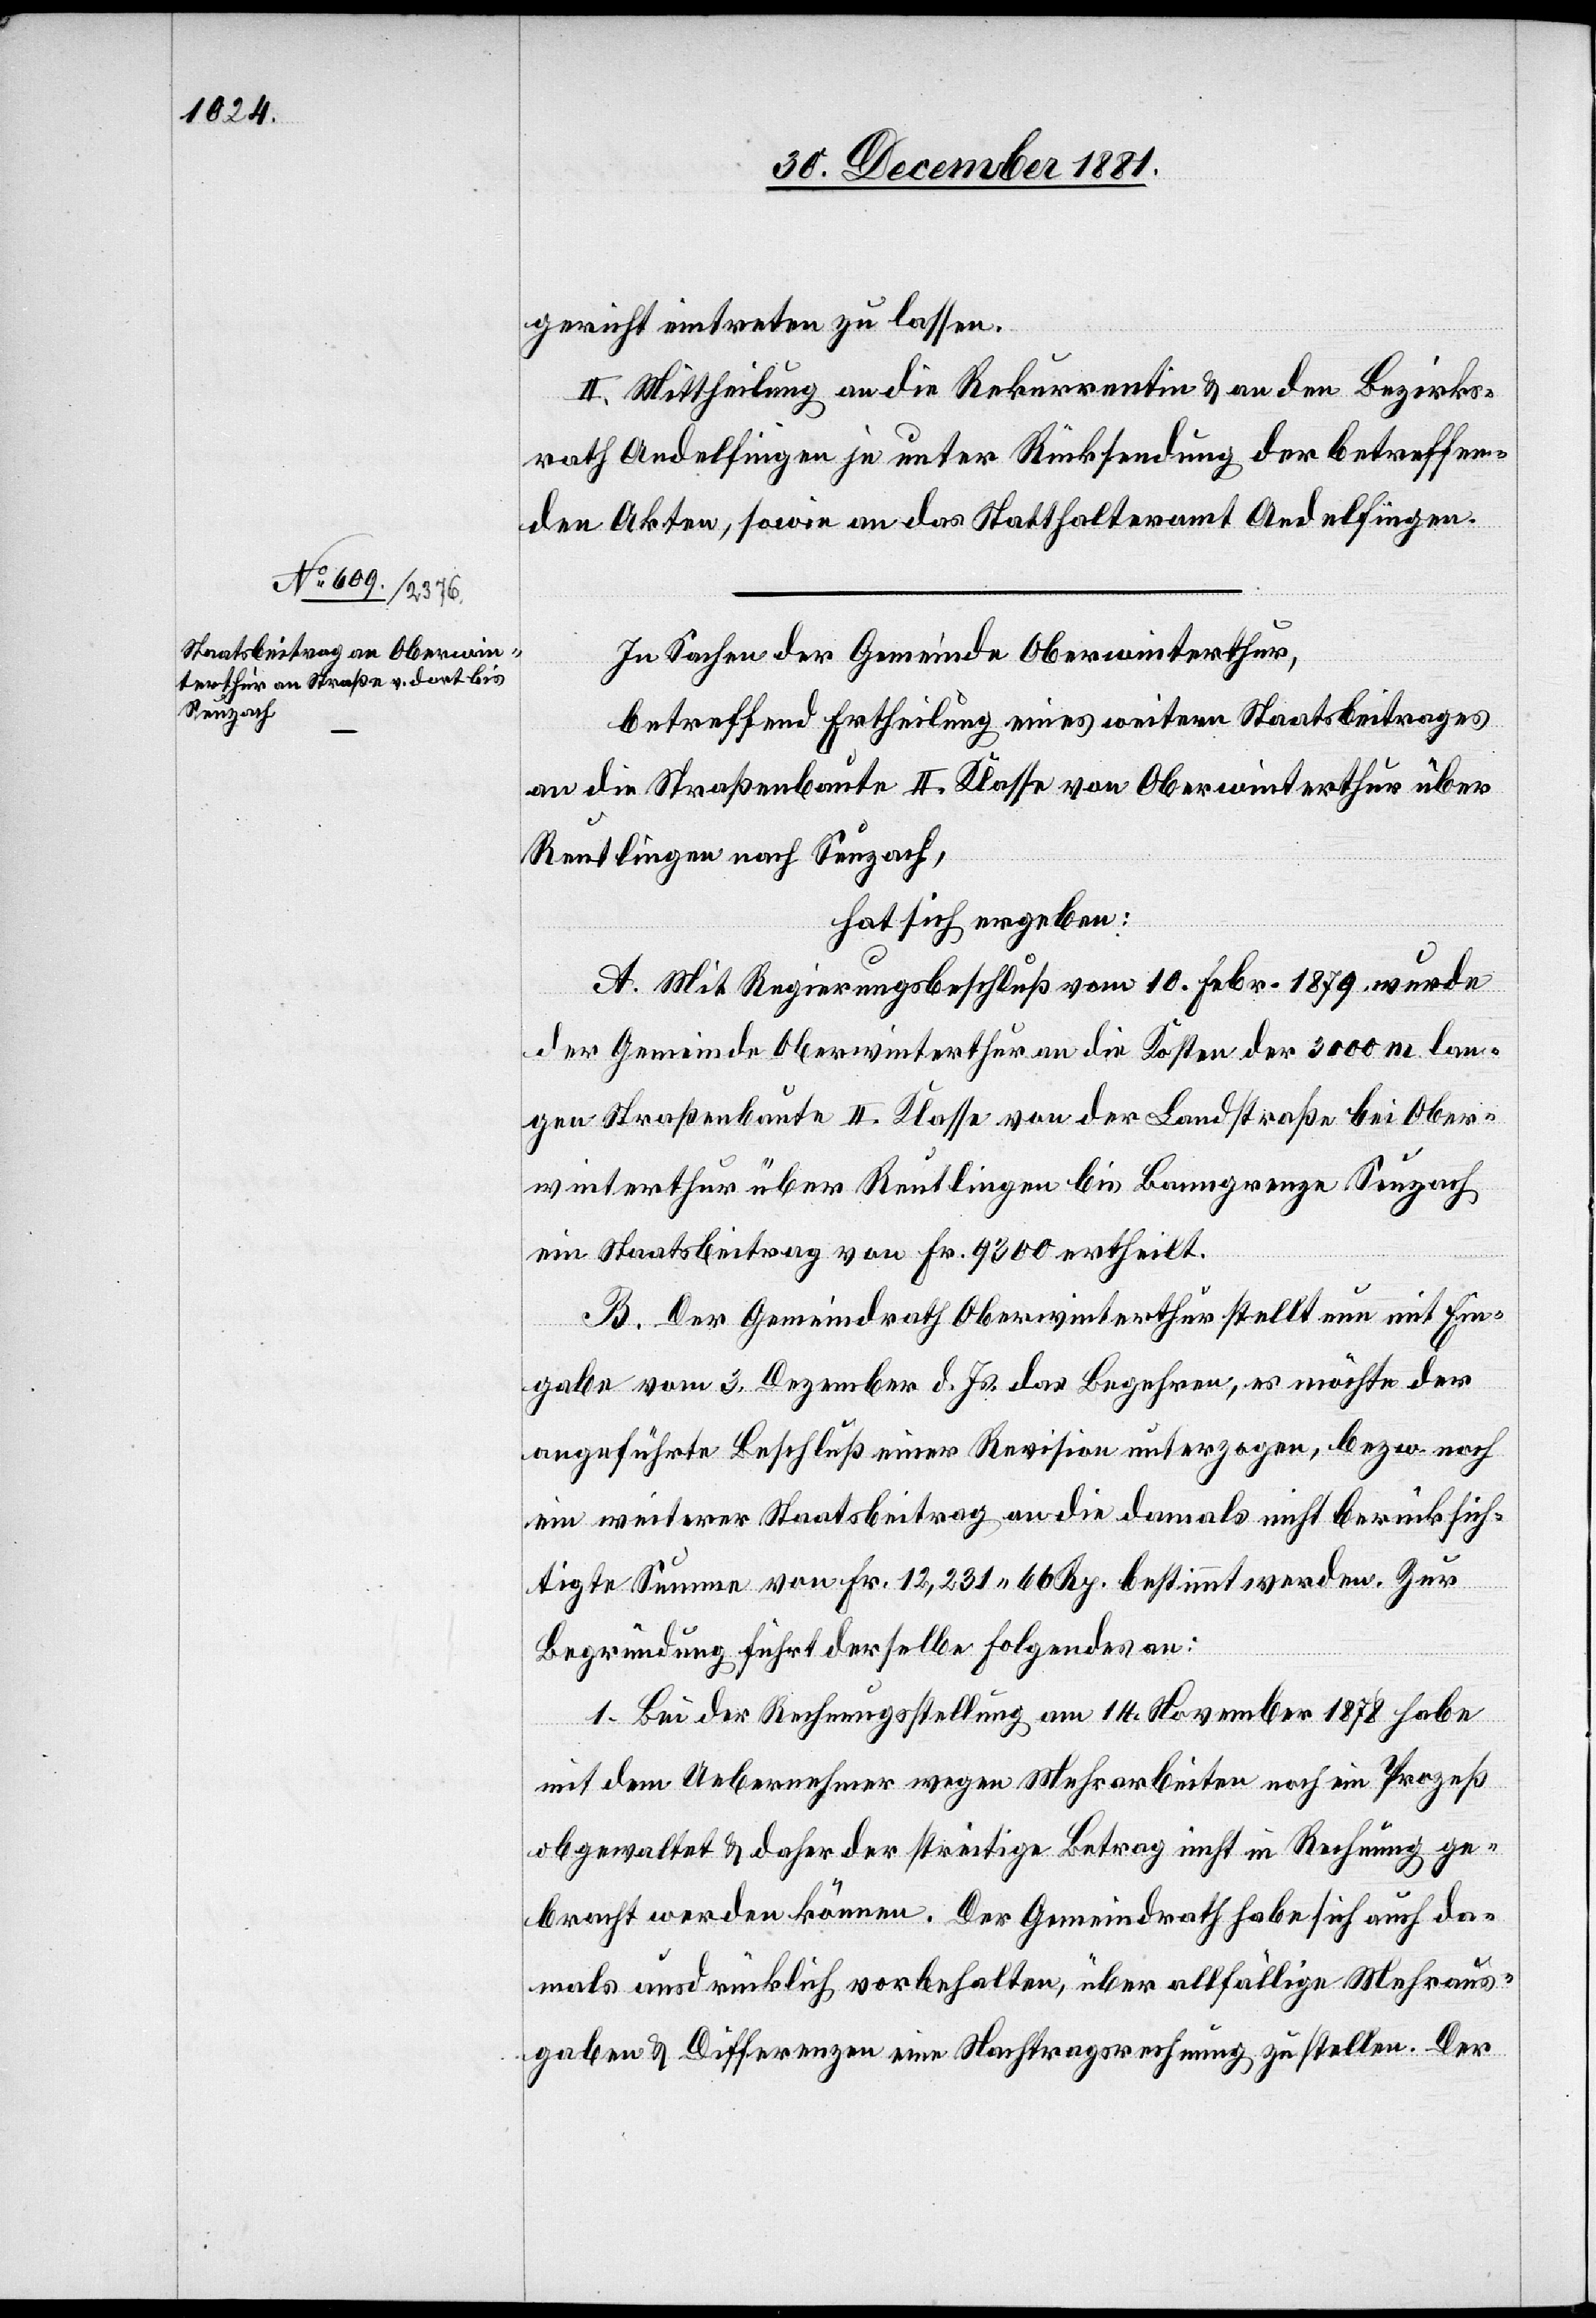
gericht eintreten zu lassen.
II. Mittheilung an die Rekurrentin & an den Bezirks¬
rath Andelfingen je unter Rücksendung der betreffen¬
den Akten, sowie an das Statthalteramt Andelfingen.
In Sachen der Gemeinde Oberwinterthur,
betreffend Ertheilung eines weitern Staatsbeitrages
an die Straßenbaute II. Klasse von Oberwinterthur über
Reutlingen nach Seuzach,
hat sich ergeben:
A. Mit Regierungsbeschluß vom 10. Febr. 1879 wurde
der Gemeinde Oberwinterthur an die Kosten der 3000m lan¬
gen Straßenbaute II. Klasse von der Landstraße bei Ober¬
winterthur über Reutlingen bis Banngrenze Seuzach
ein Staatsbeitrag von Fr. 9300 ertheilt.
B. Der Gemeindrath Oberwinterthur stellt nun mit Ein¬
gabe vom 3. Dezember d. Js. das Begehren, es möchte der
angeführte Beschluß einer Revision unterzogen, bezw. noch
ein weiterer Staatsbeitrag an die damals nicht berücksich¬
tigte Summe von Fr. 12,231. 60 Rp. bestimmt werden. Zur
Begründung führt derselbe Folgendes an:
1. Bei der Rechnungsstellung am 14. November 1878 habe
mit dem Uebernehmer wegen Mehrarbeiten noch ein Prozeß
obgewaltet & daher der streitige Betrag nicht in Rechnung ge¬
bracht werden können. Der Gemeindrath habe sich auch da¬
mals ausdrücklich vorbehalten, über allfällige Mehraus¬
gaben & Differenzen eine Nachtragsrechnung zu stellen. Der